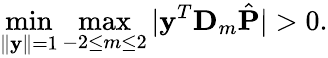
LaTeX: \operatorname*{min}_{\| \mathbf y\| =1}\operatorname*{max}_{-2\leq m\leq 2}|\mathbf y^{T}\mathbf D_{m}\hat{\mathbf P}|>0.